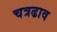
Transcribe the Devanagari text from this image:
चत्रढाव